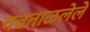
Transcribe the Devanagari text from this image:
चवताळलेले